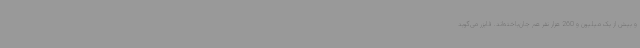
و بیش از یک میلیون و 260 هزار نفر هم جان‌باخته‌اند. فایزر می‌گوید